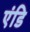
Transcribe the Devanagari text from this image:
एंडि